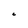
Character: C